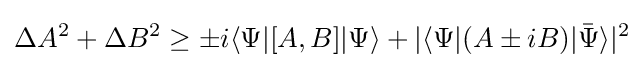
\Delta A^{2}+\Delta B^{2}\geq \pm i\langle \Psi |[A,B]|\Psi \rangle +|\langle \Psi |(A\pm iB)|{\bar {\Psi }}\rangle |^{2}